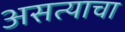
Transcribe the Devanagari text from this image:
असत्याचा